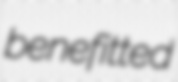
benefitted